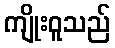
ကျိုးဝူသည်